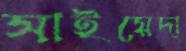
সাইয়েদা